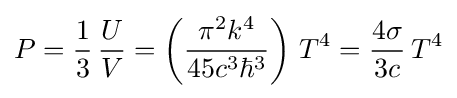
P={\frac {1}{3}}\,{\frac {U}{V}}=\left({\frac {\pi ^{2}k^{4}}{45c^{3}\hbar ^{3}}}\right)\,T^{4}={\frac {4\sigma }{3c}}\,T^{4}